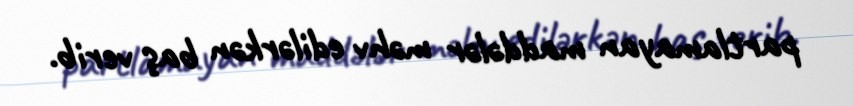
partlamayan maddələr məhv edilərkən baş verib.